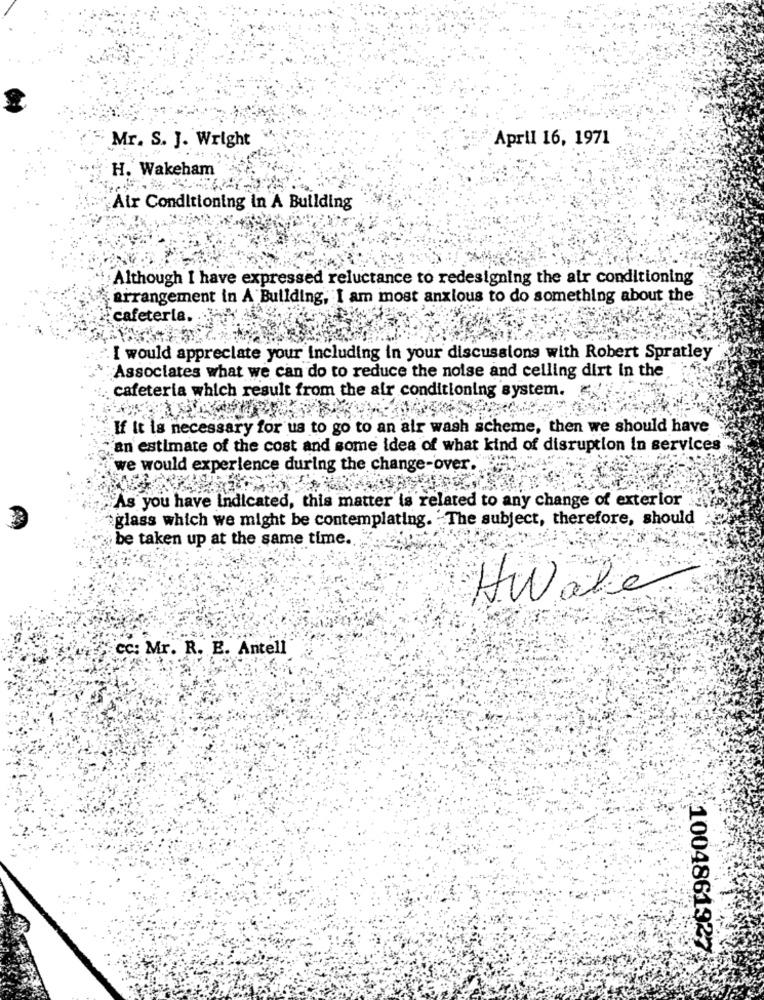
Mr. S. J. Wright
April 16, 1971
H. Wakeham
Air Conditioning in A Building
Although I have expressed reluctance to redesigning the air conditioning
arrangement in A Building, I am most anxious to do something about the
cafeteria.
I would appreciate your including in your discussions with Robert Spratley
Associates what we can do to reduce the noise and ceiling dirt in the
cafeteria which result from the air conditioning system.
If It is necessary for us to go to an air wash scheme, then we should have
an estimate of the cost and some idea of what kind of disruption in services
we would experience during the change-over.'
As you have Indicated, this matter is related to any change of exterior"
glass which we might be contemplating. The subject, therefore, should
be taken up at the same time.
HWale
cc: Mr. R. E. Antell
1004861927